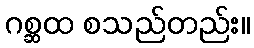
ဂစ္ဆထ စသည်တည်း။